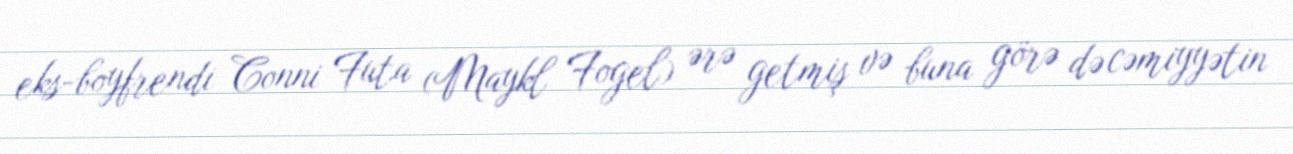
eks-boyfrendi Conni Futa (Maykl Fogel) ərə getmiş və buna görə də cəmiyyətin